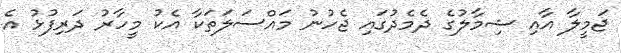
ޖަމީލާ އާއި ޝިމާލުގެ ދެމެދުގައި ޖެހުނު މައްސަލަތަކާ އެކު މީހާރު ދަރިފުޅު އެ